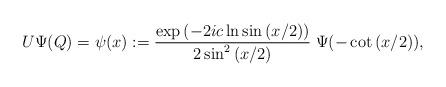
LaTeX: \begin{align*}U\Psi (Q)=\psi (x):=\frac{\exp{(-2ic\ln \sin{(x/2)})}}{2\sin^2{(x/2)}}\;\Psi(-\cot{(x/2)}),\end{align*}